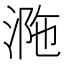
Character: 𣵺